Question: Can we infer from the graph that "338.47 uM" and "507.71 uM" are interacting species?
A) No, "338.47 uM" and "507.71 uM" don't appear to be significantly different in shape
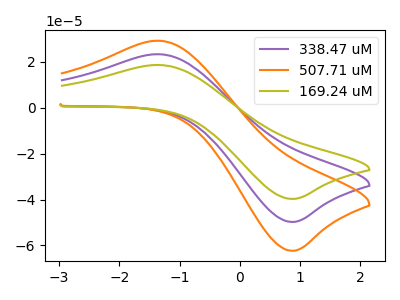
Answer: <think>The purple curve "338.47 uM" has an anodic peak at (-1.35V, 23.30uA) and a cathodic peak at (0.90V, -49.75uA). The orange curve "507.71 uM" has an anodic peak at (-1.35V, 46.60uA) and a cathodic peak at (0.90V, -99.50uA). The olive curve "169.24 uM" has an anodic peak at (-1.35V, 18.60uA) and a cathodic peak at (0.90V, -39.75uA).
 All the peaks in "338.47 uM" have a peak in "507.71 uM" at the same potential. Every peak in "338.47 uM" is lower than every peak in "507.71 uM".</think>
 <answer>A) No, "338.47 uM" and "507.71 uM" don't appear to be significantly different in shape</answer>
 <eval>A</eval>